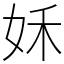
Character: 姀